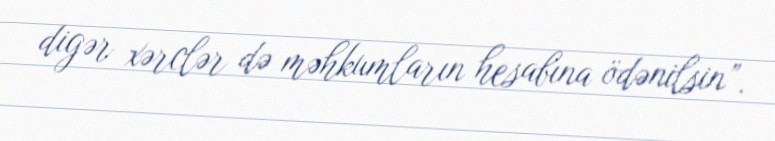
digər xərclər də məhkumların hesabına ödənilsin”.